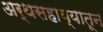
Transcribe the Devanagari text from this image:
अर्थसहाय्यातून